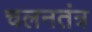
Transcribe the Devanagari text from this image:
चलनतंत्र